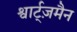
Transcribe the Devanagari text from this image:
श्वार्ट्ज़मैन